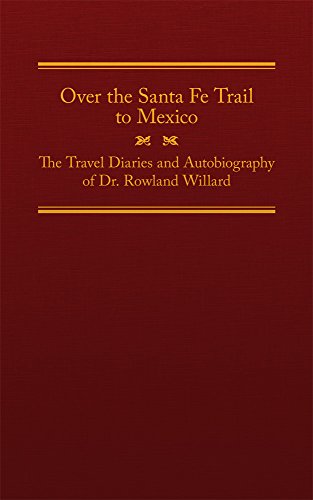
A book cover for Over the Santa Fe Trail to Mexico: The Travel Diaries and Autobiography of Dr. Rowland Willard (The American Trails Series); Rowland Willard; Literature & Fiction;